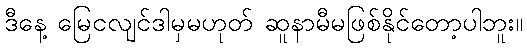
ဒီနေ့ မြေငလျင်ဒါမှမဟုတ် ဆူနာမီမဖြစ်နိုင်တော့ပါဘူး။